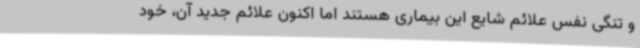
و تنگی نفس علائم شایع این بیماری هستند اما اکنون علائم جدید آن، خود